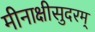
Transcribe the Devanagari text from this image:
मीनाक्षीसुदरम्